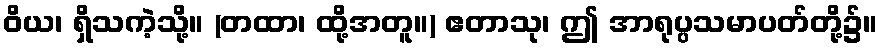
ဝိယ၊ ရှိသကဲ့သို့။ (တထာ၊ ထို့အတူ။) ဧတာသု၊ ဤ အာရုပ္ပသမာပတ်တို့၌။